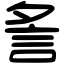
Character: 𧥧